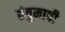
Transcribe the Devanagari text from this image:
तंतुमापी